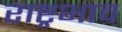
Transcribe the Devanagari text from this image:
राष्ट्रभाव